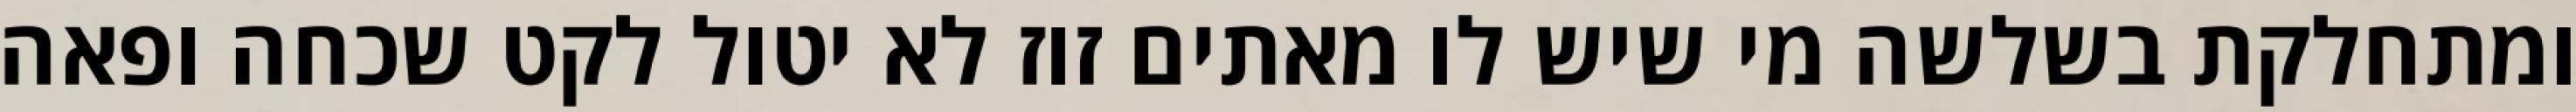
ומתחלקת בשלשה מי שיש לו מאתים זוז לא יטול לקט שכחה ופאה